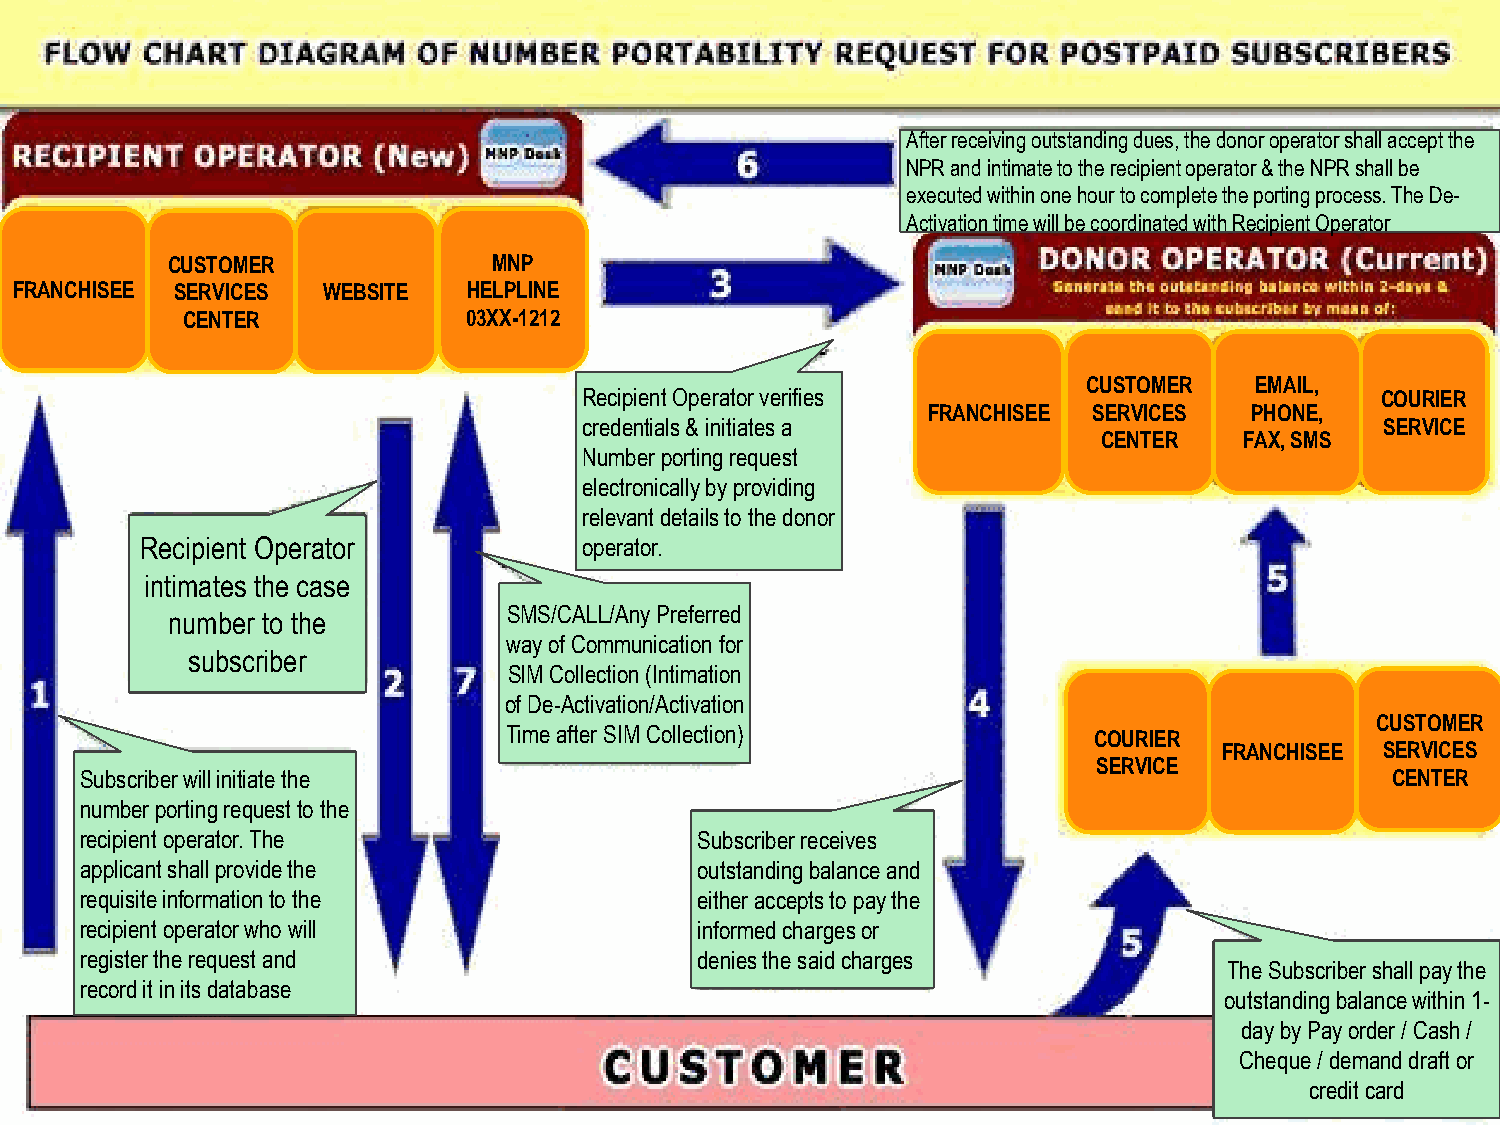
After receiving outstanding dues, the donor operator shall accept the
 NPR and intimate to the recipient operator & the NPR shall be
 executed within one hour to complete the porting process. The De-
 Activation time will be coordinated with Recipient Operator
 CUSTOMER              MNP
 FRANCHISEE SERVICES WEBSITE   HELPLINE
 CENTER             03XX-1212
 CUSTOMER   EMAIL,
 Recipient Operator verifies                         COURIER
 FRANCHISEE SERVICES   PHONE,
 credentials & initiates a                            SERVICE
 CENTER   FAX, SMS
 Number porting request
 electronically by providing
 relevant details to the donor
 Recipient Operator            operator.
 intimates the case
 SMS/CALL/Any Preferred
 number to the
 way of Communication for
 subscriber
 SIM Collection (Intimation
 of De-Activation/Activation
 CUSTOMER
 Time after SIM Collection)            COURIER
 FRANCHISEE SERVICES
 SERVICE
 Subscriber will initiate the                                                           CENTER
 number porting request to the
 recipient operator. The                  Subscriber receives
 applicant shall provide the              outstanding balance and
 requisite information to the             either accepts to pay the
 recipient operator who will              informed charges or
 register the request and                 denies the said charges
 The Subscriber shall pay the
 record it in its database
 outstanding balance within 1-
 day by Pay order / Cash /
 Cheque / demand draft or
 credit card